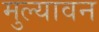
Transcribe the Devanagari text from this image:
मुल्यावन